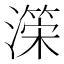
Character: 𭲺